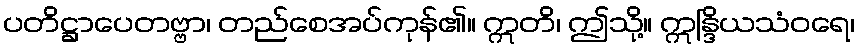
ပတိဋ္ဌာပေတဗ္ဗာ၊ တည်စေအပ်ကုန်၏။ ဣတိ၊ ဤသို့။ ဣန္ဒြိယသံဝရေ၊